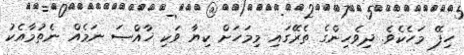
ހިފޭ މަހެކެވެ. ދިވެހިންގެ ތެރޭގައި މިމަހަށް ކިޔާ ވަކި ޚާއްޞަ ނަމެއް ނެތުމާއެކު